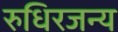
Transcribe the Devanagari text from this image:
रुधिरजन्य